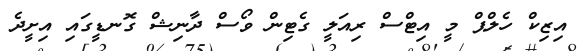
އިޒިކް ހެލްޕް މީ އިޓްސް ރިއަލީ ގެޓިން ވޯސް ދާނިޝް ގޮނޑީގައި އިށީދެ